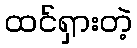
ထင်ရှားတဲ့